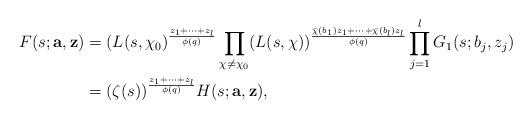
LaTeX: \begin{align*}F(s; \mathbf{a}, \mathbf{z})&=(L(s, \chi_0)^{\frac{z_1+\cdots+z_l}{\phi(q)}} \prod_{\chi\neq\chi_0}(L(s, \chi))^{\frac{\bar{\chi}(b_1)z_1+\cdots+\bar{\chi}(b_l)z_l}{\phi(q)}}\prod_{j=1}^l G_1(s; b_j, z_j)\\&=(\zeta(s))^{\frac{z_1+\cdots+z_l}{\phi(q)}}H(s; \mathbf{a}, \mathbf{z}),\end{align*}